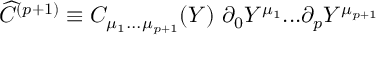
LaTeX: { \widehat C } ^ { ( p + 1 ) } \equiv C _ { \mu _ { 1 } . . . \mu _ { p + 1 } } ( Y ) \ \partial _ { 0 } Y ^ { \mu _ { 1 } } . . . \partial _ { { p } } Y ^ { \mu _ { p + 1 } }